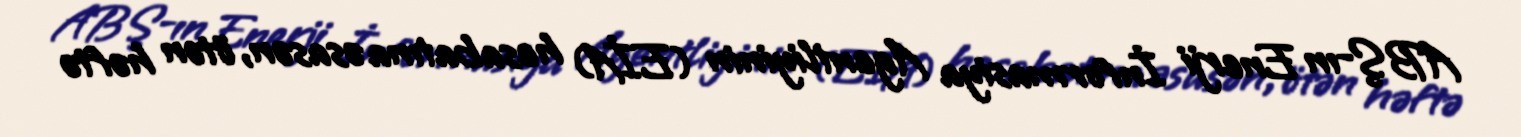
ABŞ-ın Enerji İnformasiya Agentliyinin (EİA) hesabatına əsasən, ötən həftə